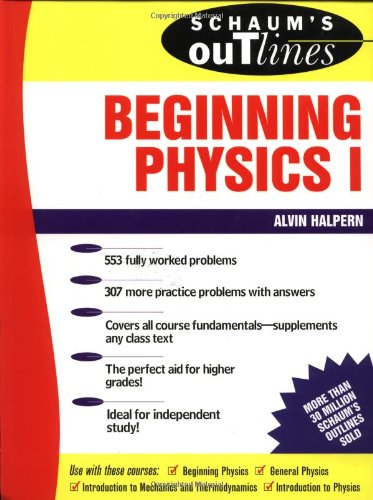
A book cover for Schaum's Outline of Beginning Physics I: Mechanics and Heat (Schaum's); Alvin Halpern; Science & Math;